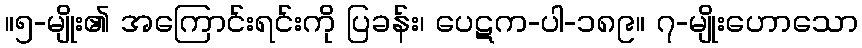
။၅-မျိုး၏ အကြောင်းရင်းကို ပြခန်း၊ ပေဋက-ပါ-၁၈၉။ ၇-မျိုးဟောသော